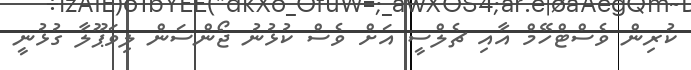
ކުރިން ވެސްޓްހޭމް އާއި ޗެލްސީ އަށް ވެސް ކުޅުނު ޖޯންސަން ލިވަޕޫލާ ގުޅުނީ